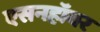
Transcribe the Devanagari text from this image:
एसनहॉवर